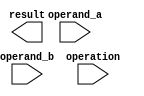
module floating_point_unit (
    input wire [63:0] operand_a,
    input wire [63:0] operand_b,
    input wire [2:0] operation,
    output reg [63:0] result
);

// Components
reg [63:0] adder_result;
reg [127:0] multiplier_result;
reg [63:0] control;
reg [63:0] registers [1:0];
reg [2:0] error_detection;
reg [63:0] converter_result;
reg [2:0] instruction_code;

// Floating point adder/subtractor
always @(posedge clock) begin
    case(operation)
        3'b000: adder_result <= operand_a + operand_b; // Add
        3'b001: adder_result <= operand_a - operand_b; // Subtract
        // Add more cases for other operations as needed
    endcase
end

// Floating point multiplier
always @(posedge clock) begin
    case(operation)
        3'b010: multiplier_result <= operand_a * operand_b; // Multiply
        // Add more cases for other operations as needed
    endcase
end

// Control unit
always @(posedge clock) begin
    // Implement control logic here
end

// Registers
always @(posedge clock) begin
    // Implement register logic here
end

// Error detection and handling mechanisms
always @(posedge clock) begin
    // Implement error detection and handling logic here
end

// Floating point format converter
always @(posedge clock) begin
    // Implement format conversion logic here
end

// Instruction decoding and execution logic
always @(posedge clock) begin
    // Implement instruction decoding and execution logic here
end

// Testbench
initial begin
    // Implement testbench code here to verify functionality
end

endmodule